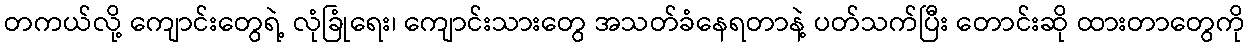
တကယ်လို့ ကျောင်းတွေရဲ့ လုံခြုံရေး၊ ကျောင်းသားတွေ အသတ်ခံနေရတာနဲ့ ပတ်သက်ပြီး တောင်းဆို ထားတာတွေကို